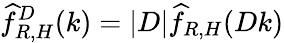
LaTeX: \widehat{f}_{R,H}^{D}(k)=|D|\widehat{f}_{R,H}(Dk)